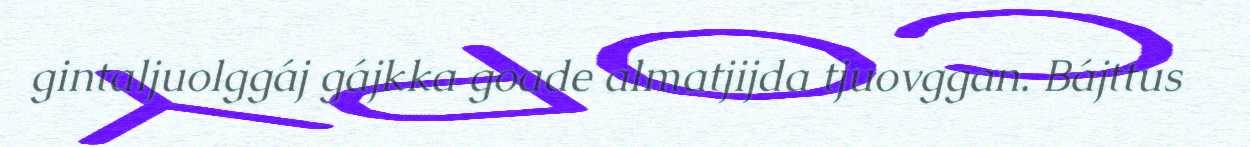
gintaljuolggáj gájkka goade almatjijda tjuovggan. Bájttus